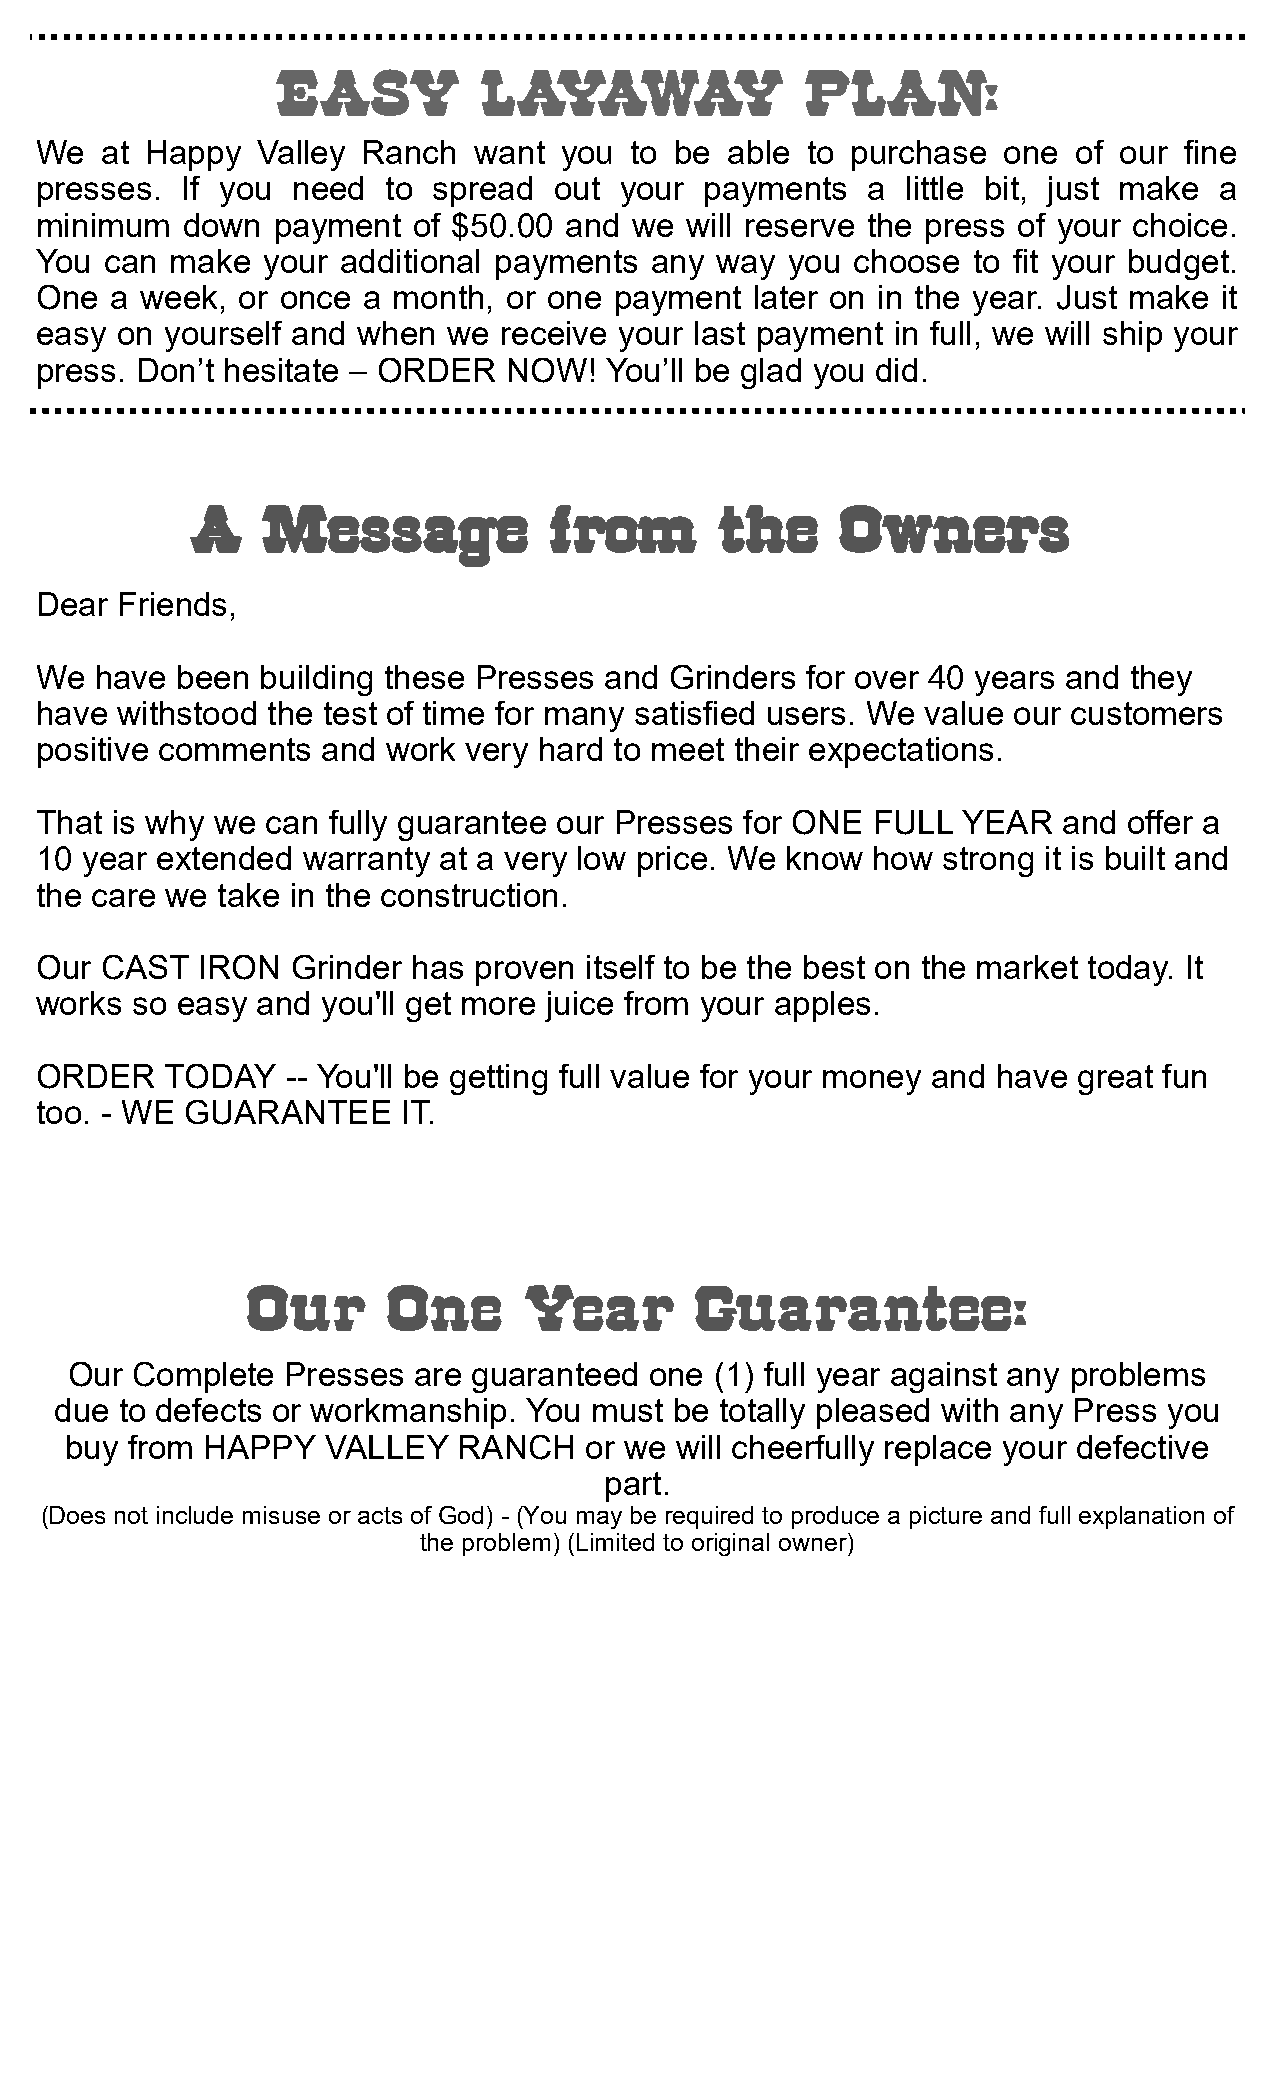
EASY          LAYAWAY              PLAN:
 We   at Happy  Valley Ranch  want  you  to be able to purchase   one of our fine
 presses.  If you need   to spread  out your  payments  a  little bit, just make a
 minimum   down  payment  of $50.00 and  we will reserve the press of your choice.
 You  can make  your additional payments  any way  you  choose to fit your budget.
 One  a week,  or once a month, or one  payment  later on in the year. Just make it
 easy  on yourself and when  we receive your last payment in full, we will ship your
 press. Don’t hesitate – ORDER   NOW!  You’ll be glad you did.
 A   Message            from        the     Owners
 Dear  Friends,
 We  have  been building these Presses and Grinders for over 40 years and they
 have  withstood the test of time for many satisfied users. We value our customers
 positive comments  and  work very hard to meet their expectations.
 That is why we  can fully guarantee our Presses for ONE FULL  YEAR  and  offer a
 10 year extended  warranty at a very low price. We know how strong it is built and
 the care we take in the construction.
 Our  CAST  IRON  Grinder has proven  itself to be the best on the market today. It
 works  so easy and you'll get more juice from your apples.
 ORDER    TODAY   -- You'll be getting full value for your money and have great fun
 too. - WE GUARANTEE      IT.
 Our       One      Year       Guarantee:
 Our  Complete  Presses are guaranteed  one (1) full year against any problems
 due to defects or workmanship. You must  be totally pleased with any Press you
 buy from HAPPY    VALLEY  RANCH    or we will cheerfully replace your defective
 part.
 (Does not include misuse or acts of God) - (You may be required to produce a picture and full explanation of
 the problem) (Limited to original owner)